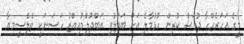
މީގެ އަހަރެއްހާ ދުވަސް ކުރިން ހުޅުމާލެ އަށް ބަދަލުވި އަބްދުލްމުއިއްޒު ހަސަނަކީ ތެލެސީމިއާ